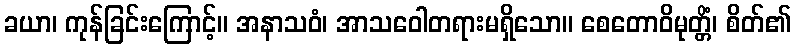
ခယာ၊ ကုန်ခြင်းကြောင့်။ အနာသဝံ၊ အာသဝေါတရားမရှိသော။ စေတောဝိမုတ္တိံ၊ စိတ်၏